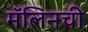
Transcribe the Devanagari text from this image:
मॅलिनची